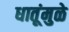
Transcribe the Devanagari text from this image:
धातूंमुळे